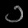
Digit: ၁